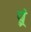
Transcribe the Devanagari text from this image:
प़्रं